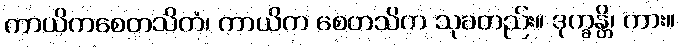
ကာယိကစေတသိကံ၊ ကာယိက စေတသိက သုခတည်း။ ဒုက္ခန္တိ၊ ကား။